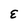
Character: E